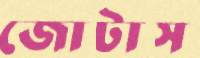
জোটাস